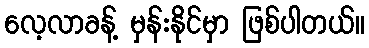
လေ့လာခန့် မှန်းနိုင်မှာ ဖြစ်ပါတယ်။